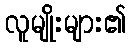
လူမျိုးများ၏